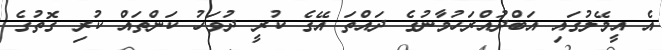
އެ އީމޭލުގައި އަބްދުއްރަހުމާނުގެ ދައްތަ އޭގެ ކުރީ ދުވަހު ކަންތައް ކުރި ގޮތުގެ